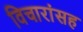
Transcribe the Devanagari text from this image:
विचारांसह